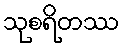
သုစရိတဿ